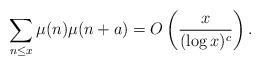
LaTeX: \begin{align*} \sum_{n \leq x} \mu(n) \mu(n+a) =O \left (\frac{x}{(\log x)^{c}} \right ). \end{align*}